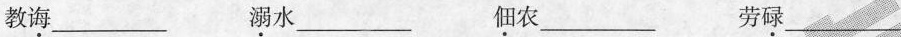
教诲_________溺水_________ 佃农_________劳碌_________